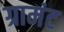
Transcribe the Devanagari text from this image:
ग्रामंट